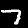
Label: 7